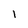
Character: l